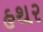
હથર